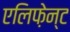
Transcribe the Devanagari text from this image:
एलिफ़ेन्ट